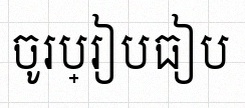
ចូរប្រៀបធៀប